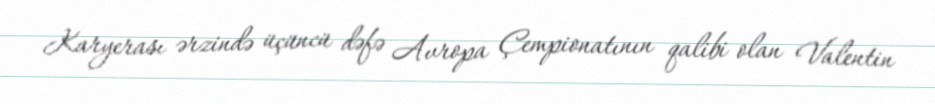
Karyerası ərzində üçüncü dəfə Avropa Çempionatının qalibi olan Valentin